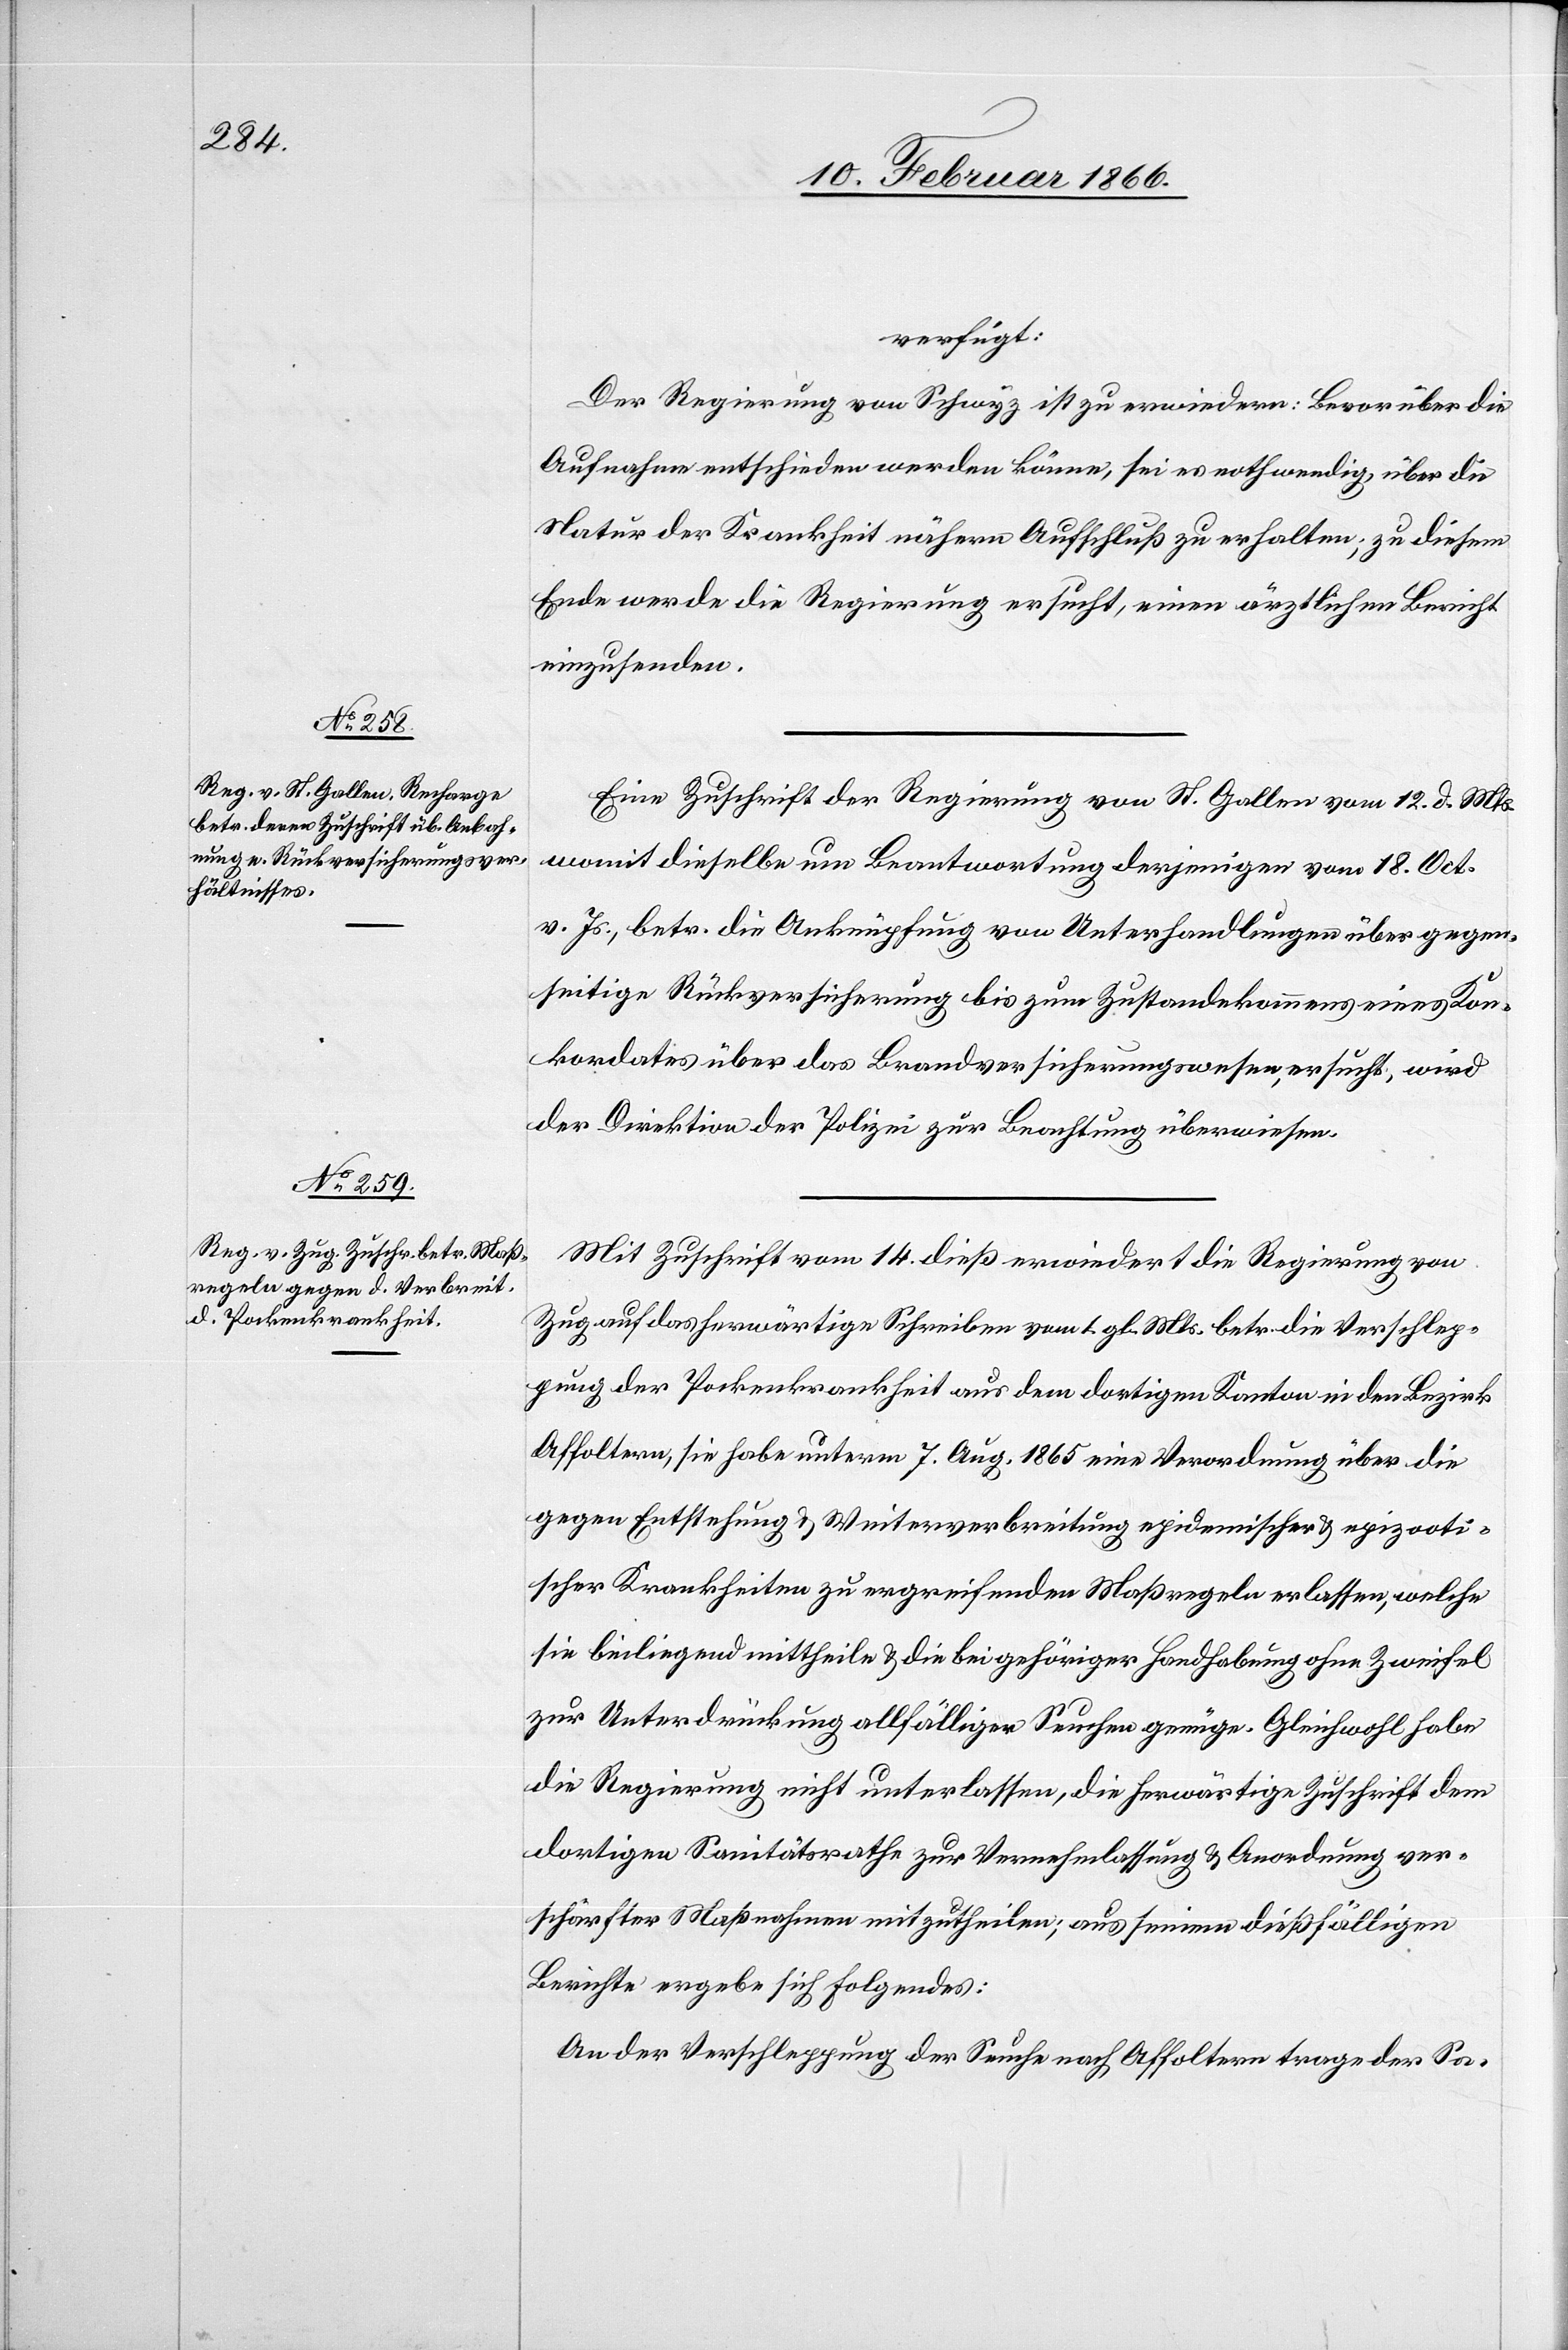
17. Februar 1866.]
verfügt:
Der Regierung von Schwyz ist zu erwiedern: Bevor über die
Aufnahme entschieden werden könne, sei es nothwendig, über die
Natur der Krankheit nähern Aufschluß zu erhalten; zu diesem
Ende werde die Regierung ersucht, einen ärztlichen Bericht
einzusenden.
Eine Zuschrift der Regierung von St. Gallen vom 12. d. Mts.
womit dieselbe um Beantwortung derjenigen vom 18. Oct.
v. Js., betr. die Anknüpfung von Unterhandlungen über gegen¬
seitige Rückversicherung bis zum Zustandekommen eines Kon¬
kordates über das Brandversicherungswesen ersucht, wird
der Direktion der Polizei zur Beachtung überwiesen.
Mit Zuschrift vom 14. dieß erwiedert die Regierung von
Zug auf das herwärtige Schreiben vom 1. gl. Mts. betr. die Verschlep¬
pung der Pockenkrankheit aus dem dortigen Kanton in den Bezirk
Affoltern, sie habe unterm 7. Aug. 1865 eine Verordnung über die
gegen Entstehung u. Weiterverbreitung epidemischer u. epizooti¬
scher Krankheiten zu ergreifenden Maßregeln erlassen, welche
sie beiliegend mittheile u. die bei gehöriger Handhabung ohne Zweifel
zur Unterdrückung allfälliger Seuchen genüge. Gleichwohl habe
die Regierung nicht unterlassen, die herwärtige Zuschrift dem
dortigen Sanitätsrathe zur Vernehmlassung u. Anordnung ver¬
schärfter Maßnahmen mitzutheilen; aus seinem dießfälligen
Berichte ergebe sich folgendes:
An der Verschleppung der Seuche nach Affoltern trage der Sa-